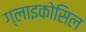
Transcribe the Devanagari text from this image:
ग्लाइकोसिल